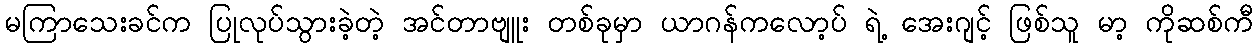
မကြာသေးခင်က ပြုလုပ်သွားခဲ့တဲ့ အင်တာဗျူး တစ်ခုမှာ ယာဂန်ကလော့ပ် ရဲ့ အေးဂျင့် ဖြစ်သူ မာ့ ကိုဆစ်ကီ